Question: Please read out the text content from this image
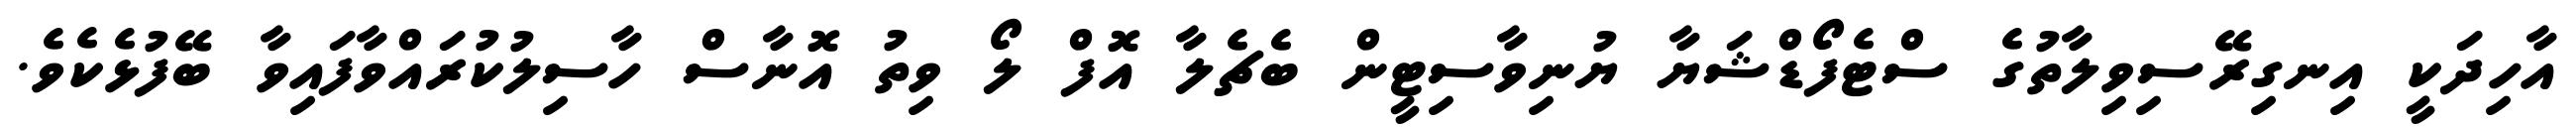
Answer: އާހިދަކީ އިނގިރޭސިވިލާތުގެ ސްޓެފޯޑްޝަޔާ ޔުނިވާސިޓީން ބެޗެލާ އޮފް ލޯ ވިތު އޮނާސް ހާސިލުކުރައްވާފައިވާ ބޭފުޅެކެވެ.